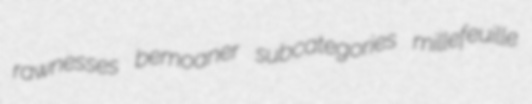
rawnesses bemoaner subcategories millefeuille